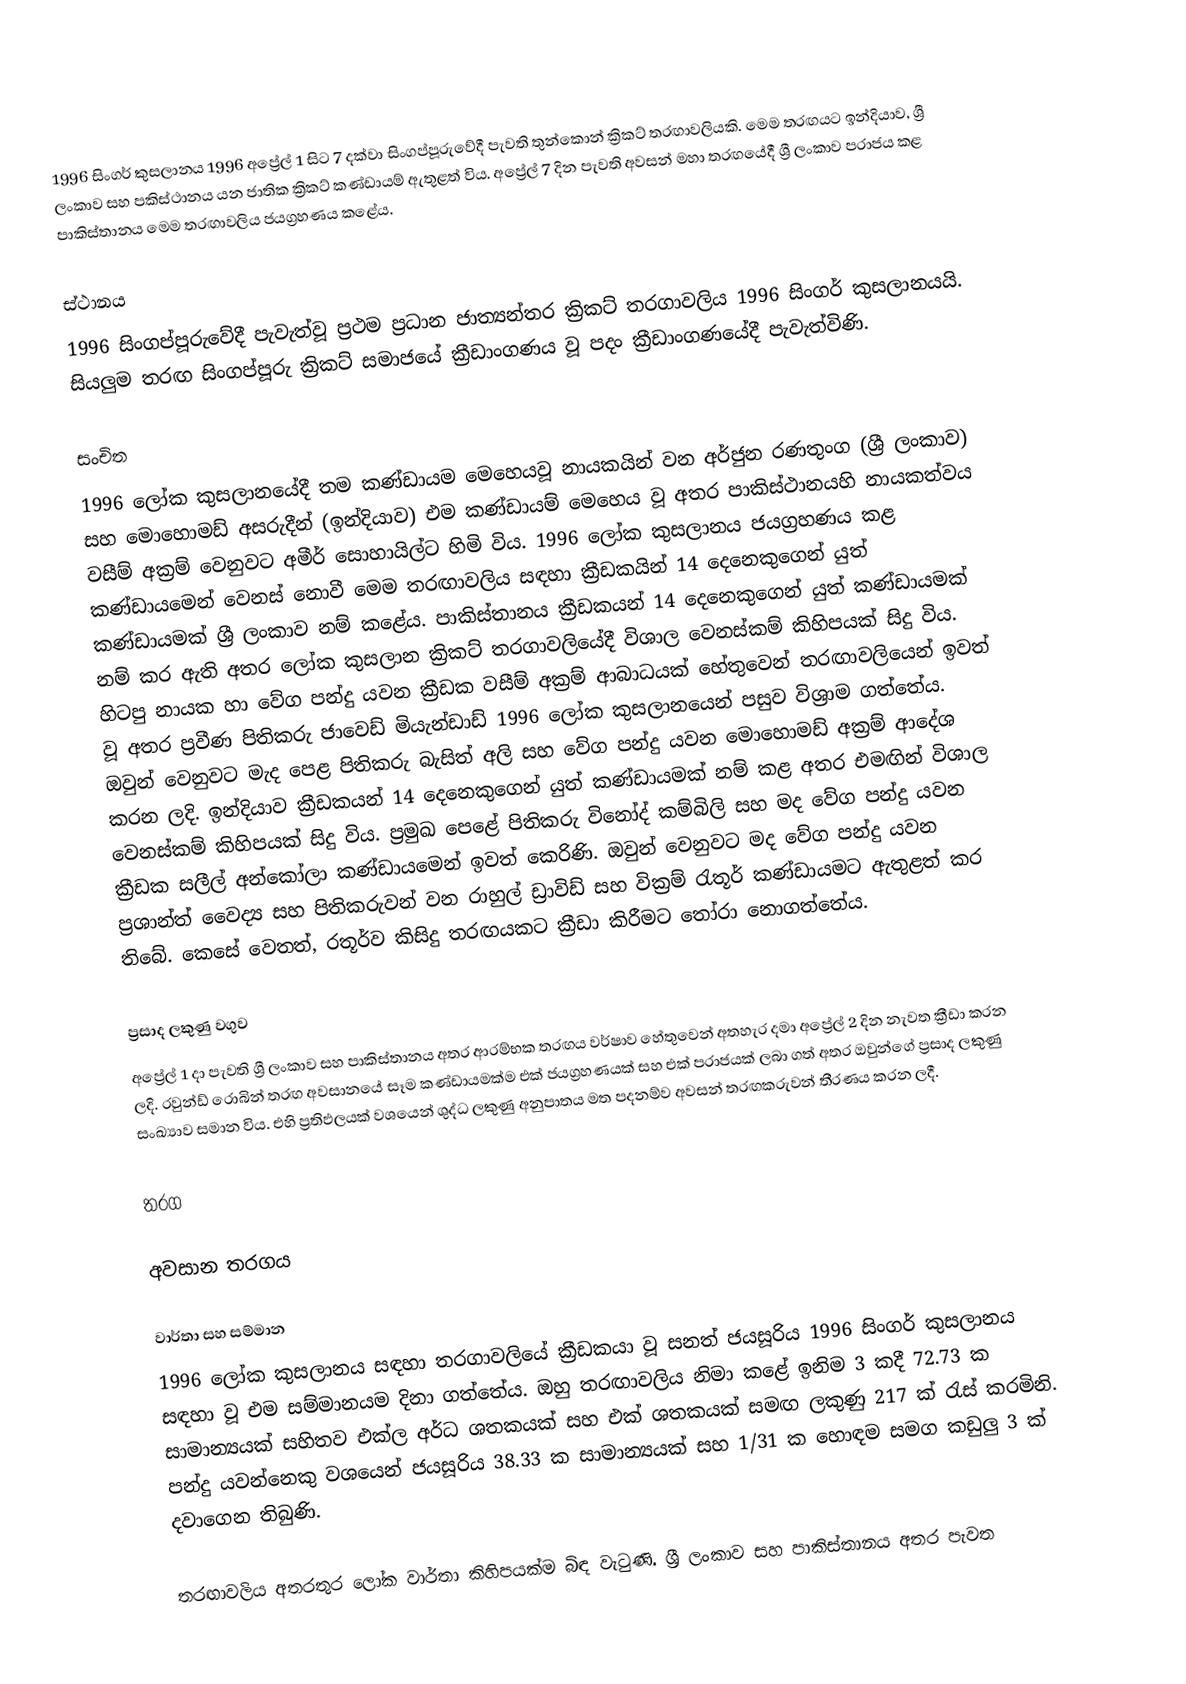
1996 සිංගර් කුසලානය 1996 අප්‍රේල් 1 සිට 7 දක්වා සිංගප්පූරුවේදී පැවති තුන්කොන් ක්‍රිකට් තරඟාවලියකි. මෙම තරඟයට ඉන්දියාව, ශ්‍රී ලංකාව සහ පකිස්ථානය යන ජාතික ක්‍රිකට් කණ්ඩායම් ඇතුළත් විය. අප්‍රේල් 7 දින පැවති අවසන් මහා තරඟයේදී ශ්‍රී ලංකාව පරාජය කළ පාකිස්තානය මෙම තරඟාවලිය ජයග්‍රහණය කළේය.

ස්ථානය
1996 සිංගප්පූරුවේදී පැවැත්වූ ප්‍රථම ප්‍රධාන ජාත්‍යන්තර ක්‍රිකට් තරගාවලිය 1996 සිංගර් කුසලානයයි. සියලුම තරඟ සිංගප්පූරු ක්‍රිකට් සමාජයේ ක්‍රීඩාංගණය වූ පදං ක්‍රීඩාංගණයේදී පැවැත්විණි.

සංචිත
1996 ලෝක කුසලානයේදී තම කණ්ඩායම මෙහෙයවූ නායකයින් වන අර්ජුන රණතුංග (ශ්‍රී ලංකාව) සහ මොහොමඩ් අසරුදීන් (ඉන්දියාව) එම කණ්ඩායම් මෙහෙය වූ අතර පාකිස්ථානයහි නායකත්වය වසීම් අක්‍රම් වෙනුවට අමීර් සොහායිල්ට හිමි විය. 1996 ලෝක කුසලානය ජයග්‍රහණය කළ කණ්ඩායමෙන් වෙනස් නොවී මෙම තරඟාවලිය සඳහා ක්‍රීඩකයින් 14 දෙනෙකුගෙන් යුත් කණ්ඩායමක් ශ්‍රී ලංකාව නම් කළේය. පාකිස්තානය ක්‍රීඩකයන් 14 දෙනෙකුගෙන් යුත් කණ්ඩායමක් නම් කර ඇති අතර ලෝක කුසලාන ක්‍රිකට් තරගාවලියේදී විශාල වෙනස්කම් කිහිපයක් සිදු විය. හිටපු නායක හා වේග පන්දු යවන ක්‍රීඩක වසීම් අක්‍රම් ආබාධයක් හේතුවෙන් තරඟාවලියෙන් ඉවත් වූ අතර ප්‍රවීණ පිතිකරු ජාවෙඩ් මියැන්ඩාඩ් 1996 ලෝක කුසලානයෙන් පසුව විශ්‍රාම ගත්තේය.  ඔවුන් වෙනුවට මැද පෙළ පිතිකරු බැසිත් අලි සහ වේග පන්දු යවන මොහොමඩ් අක්‍රම් ආදේශ කරන ලදි. ඉන්දියාව ක්‍රීඩකයන් 14 දෙනෙකුගෙන් යුත් කණ්ඩායමක් නම් කළ අතර එමඟින් විශාල වෙනස්කම් කිහිපයක් සිදු විය. ප්‍රමුඛ පෙළේ පිතිකරු විනෝද් කම්බිලි සහ මද වේග පන්දු යවන ක්‍රීඩක සලීල් අන්කෝලා කණ්ඩායමෙන් ඉවත් කෙරිණි. ඔවුන් වෙනුවට මද වේග පන්දු යවන ප්‍රශාන්ත් වෛද්‍ය සහ පිතිකරුවන් වන රාහුල් ඩ්‍රාවිඩ් සහ වික්‍රම් රැතූර් කණ්ඩායමට ඇතුළත් කර තිබේ. කෙසේ වෙතත්, රතූර්ව කිසිදු තරඟයකට ක්‍රීඩා කිරීමට තෝරා නොගත්තේය.

ප්‍රසාද ලකුණු වගුව
අප්‍රේල් 1 දා පැවති ශ්‍රී ලංකාව සහ පාකිස්තානය අතර ආරම්භක තරඟය වර්ෂාව හේතුවෙන් අතහැර දමා අප්‍රේල් 2 දින නැවත ක්‍රීඩා කරන ලදි. රවුන්ඩ් රොබින් තරඟ අවසානයේ සෑම කණ්ඩායමක්ම එක් ජයග්‍රහණයක් සහ එක් පරාජයක් ලබා ගත් අතර ඔවුන්ගේ ප්‍රසාද ලකුණු සංඛ්‍යාව සමාන විය. එහි ප්‍රතිඵලයක් වශයෙන් ශුද්ධ ලකුණු අනුපාතය මත පදනම්ව අවසන් තරඟකරුවන් තීරණය කරන ලදී.

තරග

අවසාන තරගය

වාර්තා සහ සම්මාන
1996 ලෝක කුසලානය සඳහා තරගාවලියේ ක්‍රීඩකයා වූ සනත් ජයසූරිය 1996 සිංගර් කුසලානය සඳහා වූ එම සම්මානයම දිනා ගත්තේය. ඔහු තරඟාවලිය නිමා කළේ ඉනිම 3 කදී 72.73 ක සාමාන්‍යයක් සහිතව එක්ල අර්ධ ශතකයක් සහ එක් ශතකයක් සමඟ ලකුණු 217 ක් රැස් කරමිනි.  පන්දු යවන්නෙකු වශයෙන් ජයසූරිය 38.33 ක සාමාන්‍යයක් සහ 1/31 ක හොඳම සමග කඩුලු 3 ක් දවාගෙන තිබුණි.

තරඟාවලිය අතරතුර ලෝක වාර්තා කිහිපයක්ම බිඳ වැටුණි. ශ්‍රී ලංකාව සහ පාකිස්තානය අතර පැවත